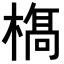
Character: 𣘺